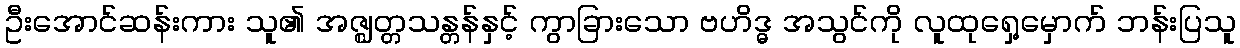
ဦးအောင်ဆန်းကား သူ၏ အဇ္ဈတ္တသန္တန်နှင့် ကွာခြားသော ဗဟိဒ္ဓ အသွင်ကို လူထုရှေ့မှောက် ဘန်းပြသူ